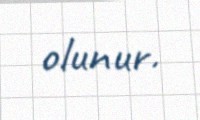
olunur.